system: You are a helpful assistant.
user:
Analyze the provided spectrum to determine if it is a **"Cataclysmic Variables (CV)"**.

- **Key Indicators for CV (Check for either state):**
    - **State 1: Quiescent / Low-State (Emission-Dominated)**
        - **(Primary):** Strong and *very broad* Hydrogen Balmer emission lines (e.g., $H\alpha$ at 6563 Å, $H\beta$ at 4861 Å). The 'broadness' (high velocity dispersion, often FWHM > 1000 km/s) is the key diagnostic, indicating a high-velocity accretion disk.
        - **(Secondary):** Broad neutral Helium (He I) emission lines (e.g., 5876 Å, 6678 Å).
        - **(Key Confirmation):** Presence of high-excitation *ionized* Helium (He II) emission at 4686 Å. This is a strong indicator of accretion onto a white dwarf.
        - **(Line Profile):** Emission lines may exhibit a 'double-peaked' profile, which is a classic signature of a rotating accretion disk viewed at high inclination.

    - **State 2: Outburst / High-State (Absorption-Dominated)**
        - **(Primary):** Spectrum is dominated by a bright, blue continuum (looks like a hot star).
        - **(Secondary):** The emission lines from State 1 are weak, absent, or 'filled in', and are replaced by broad, shallow *absorption* lines (primarily Balmer and He I).
        - **(Morphology):** The overall spectrum mimics a hot B/A-type star. The crucial difference is that the absorption lines are significantly broader, shallower, and more 'washed-out' (or 'smeared') than the sharp lines of a normal stellar photosphere, due to high rotational speeds and pressure broadening in the disk.

Think first, call **spectral_visualization_tool** if needed to examine features in detail, then provide your final answer. Your response must adhere to the following strict rules:
1.  **Overall Structure:** Your response must follow the format `<think>...</think> <tool_call>...</tool_call> (if a tool is used) <answer>...</answer>`.
2.  **Tool Usage Constraint:** You may only make **one** tool call per turn.
3.  **Final Answer Format:** In the `<answer>` tag, your conclusion must be inside a `\boxed{}` command (e.g., `\boxed{YES}`), followed by your justification.

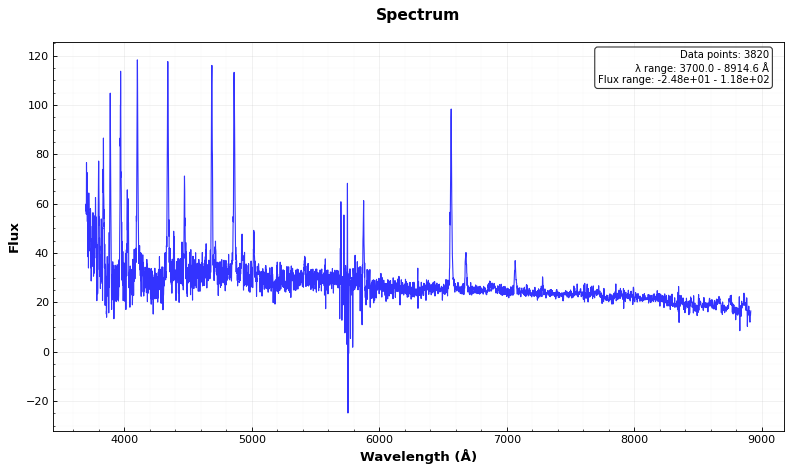
Answer: YES